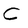
Character: C